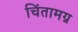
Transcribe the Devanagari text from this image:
चिंतामग्न